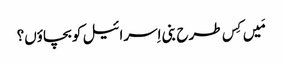
مَیں کِس طرح بنی اِسرائیل کو بچاؤں؟